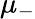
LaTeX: \mu_{-}